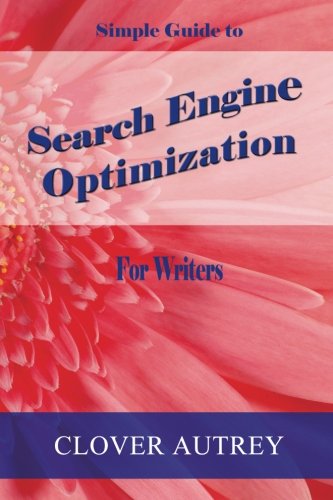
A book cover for Search Engine Optimization for Writers: A Simple Guide; Clover Autrey; Computers & Technology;